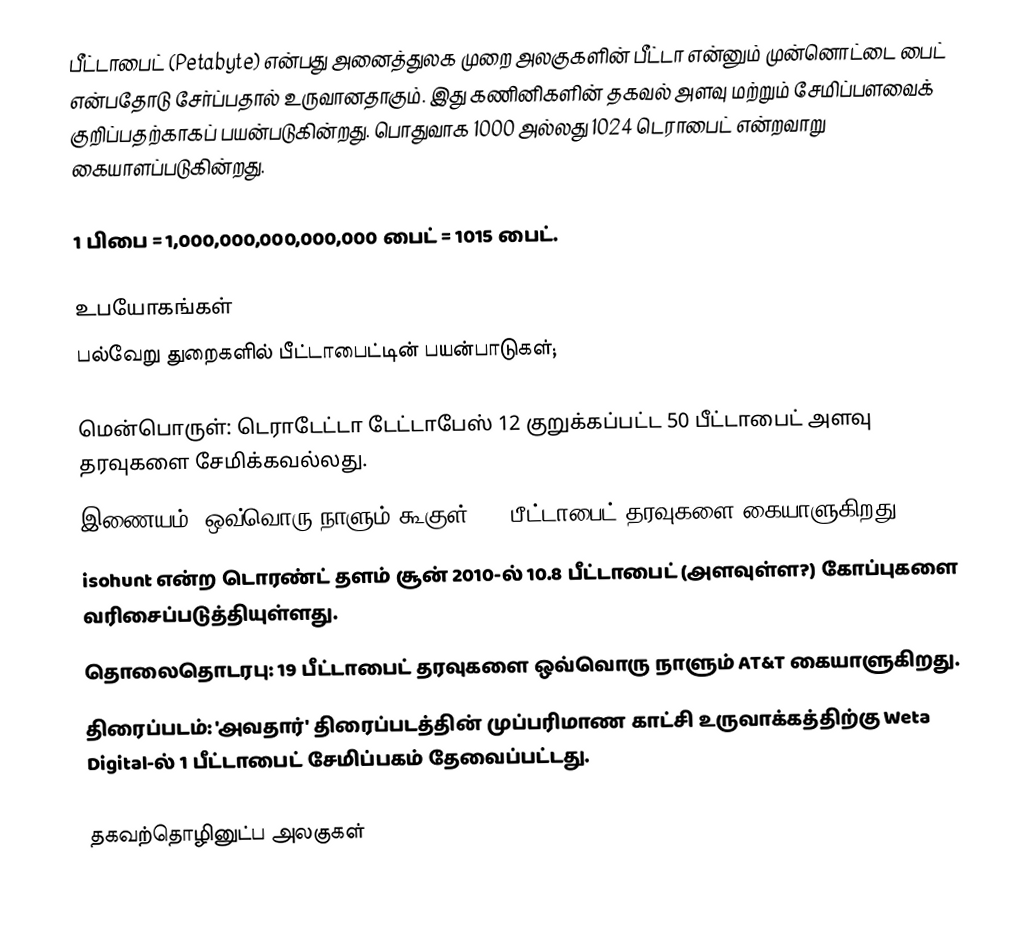
பீட்டாபைட் (Petabyte) என்பது அனைத்துலக முறை அலகுகளின் பீட்டா என்னும் முன்னொட்டை பைட் என்பதோடு சேர்ப்பதால் உருவானதாகும். இது கணினிகளின் தகவல் அளவு மற்றும் சேமிப்பளவைக் குறிப்பதற்காகப் பயன்படுகின்றது. பொதுவாக 1000 அல்லது 1024 டெராபைட் என்றவாறு கையாளப்படுகின்றது.

 1 பிபை = 1,000,000,000,000,000 பைட் = 1015 பைட்.

உபயோகங்கள்
பல்வேறு துறைகளில் பீட்டாபைட்டின் பயன்பாடுகள்;

 மென்பொருள்: டெராடேட்டா டேட்டாபேஸ் 12 குறுக்கப்பட்ட 50 பீட்டாபைட் அளவு தரவுகளை சேமிக்கவல்லது.
 இணையம்: ஒவ்வொரு நாளும் கூகுள், 24 பீட்டாபைட் தரவுகளை கையாளுகிறது.
isohunt என்ற டொரண்ட் தளம் சூன் 2010-ல் 10.8 பீட்டாபைட் (அளவுள்ள?) கோப்புகளை வரிசைப்படுத்தியுள்ளது.
 தொலைதொடரபு: 19 பீட்டாபைட் தரவுகளை ஒவ்வொரு நாளும் AT&T கையாளுகிறது.
 திரைப்படம்: 'அவதார்' திரைப்படத்தின் முப்பரிமாண காட்சி உருவாக்கத்திற்கு Weta Digital-ல் 1 பீட்டாபைட் சேமிப்பகம் தேவைப்பட்டது.

தகவற்தொழினுட்ப அலகுகள்